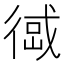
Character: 𢔹